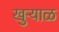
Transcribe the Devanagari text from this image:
खुऱ्याळ